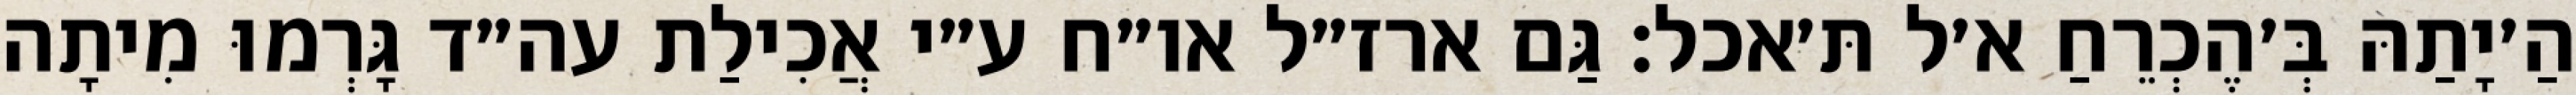
הַ׳יָתַהּ בְּ׳הֶכְרֵחַ א׳ל תּ׳אכל: גַּם ארז״ל או״ח ע״י אֲכִילַת עה״ד גָּרְמוּ מִיתָה